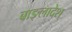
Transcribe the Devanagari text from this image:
बाङ्लादेश्